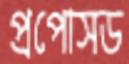
প্রপোসড